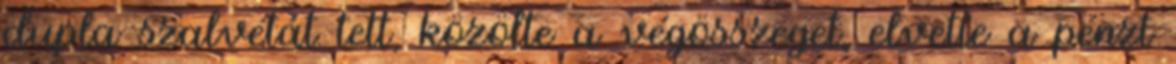
dupla szalvétát tett, közölte a végösszeget, elvette a pénzt